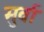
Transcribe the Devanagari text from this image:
मुर्वा